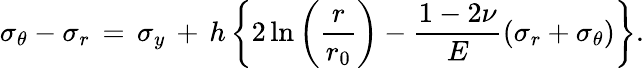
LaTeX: \sigma_{\theta}-\sigma_{r}\, =\, \sigma_{y}\, +\, h\left\{ 2\ln\left(\frac{r}{r_{0}}\right)-\frac{1-2\nu}{E}\left(\sigma_{r}+\sigma_{\theta}\right)\right\} .